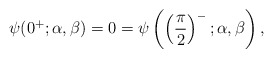
\begin{gather*} \psi ( 0^{+};\alpha ,\beta ) =0=\psi \left( \left( \frac{\pi }{2} \right) ^{-};\alpha ,\beta \right), \end{gather*}